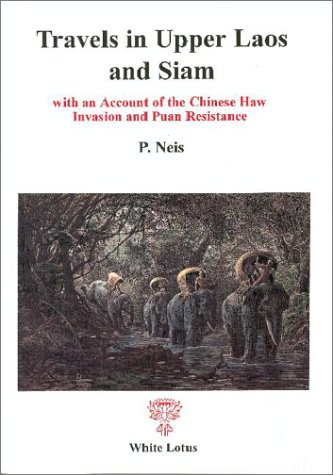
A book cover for Travels in Upper Laos and Siam, With an Account of the Chinese Haw Invasion and Puan Resistance; P. Neis; Travel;